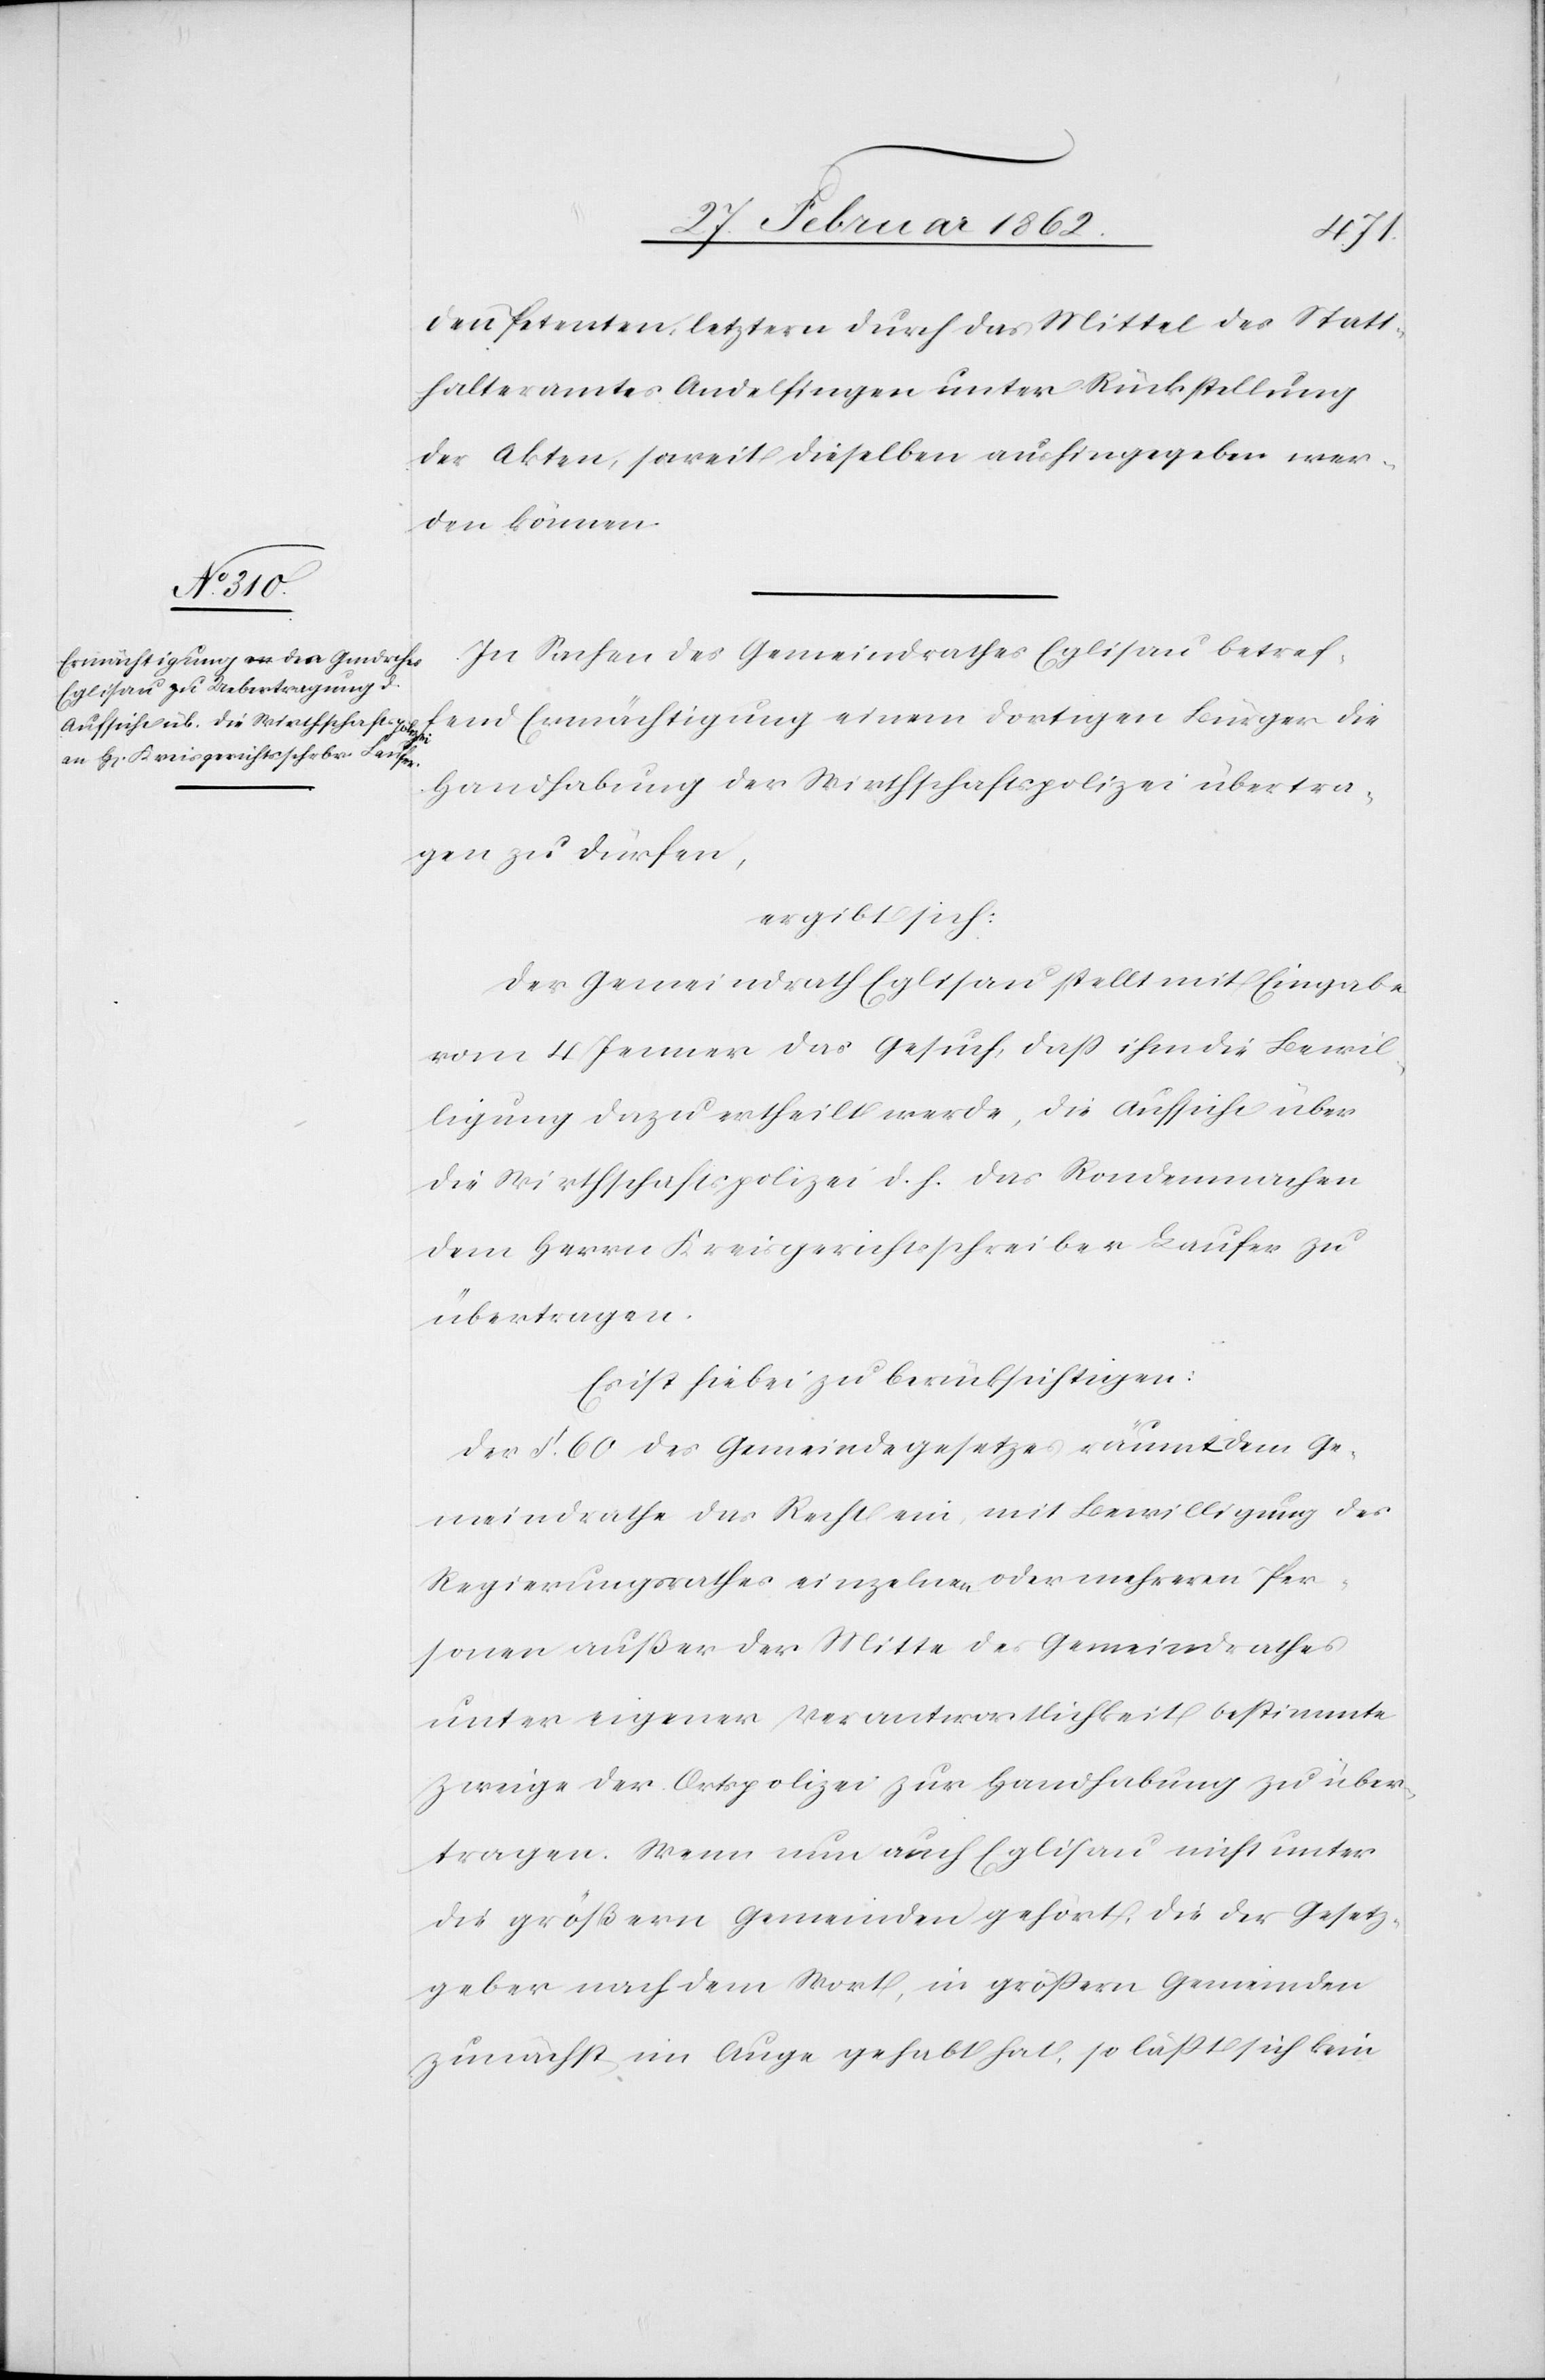
den Petenten, letztern durch das Mittel des Statt¬
halteramtes Andelfingen unter Rückstellung
der Akten, soweit dieselben aushingegeben wer¬
den können.
In Sachen des Gemeindrathes Eglisau betref¬
fend Ermächtigung einem dortigen Bürger die
Handhabung der Wirthschaftspolizei übertra¬
gen zu dürfen,
ergibt sich:
Der Gemeindrath Eglisau stellt mit Eingabe
vom 4 Jenner das Gesuch, daß ihm die Bewil¬
ligung dazu ertheilt werde, die Aufsicht über
die Wirthschaftspolizei d. h. das Rondenmachen
dem Herrn Kreisgerichtsschreiber Laufer zu
übertragen.
Es ist hiebei zu berücksichtigen:
Der §. 60 des Gemeindegesetzes räumt dem Ge¬
meindrathe das Recht ein, mit Bewilligung des
Regierungsrathes einzelnen oder mehreren Per¬
sonen außer der Mitte des Gemeindrathes
unter eigener Verantwortlichkeit bestimmte
Zweige der Ortspolizei zur Handhabung zu über¬
tragen. Wenn nun auch Eglisau nicht unter
die größern Gemeinden gehört, die der Gesetz¬
geber nach dem Wort, in größern Gemeinden
zunächst im Auge gehabt hat, so läßt sich kein